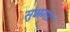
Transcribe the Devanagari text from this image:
सुभगाः